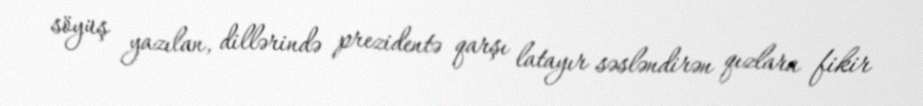
söyüş yazılan, dillərində prezidentə qarşı latayır səsləndirən qızlara fikir